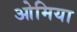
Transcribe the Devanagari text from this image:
ओमिया